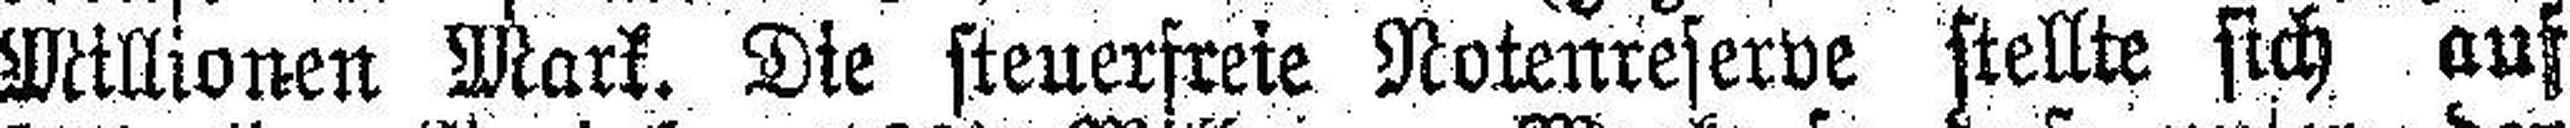
Millionen Mark. Die steuerfreie Notenreserve stellte sich auf